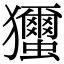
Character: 𤣝